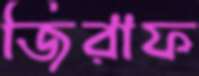
জিরাফ